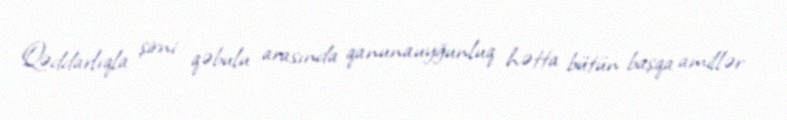
Qəddarlıqla şirni qəbulu arasında qanunauyğunluq hətta bütün başqa amillər